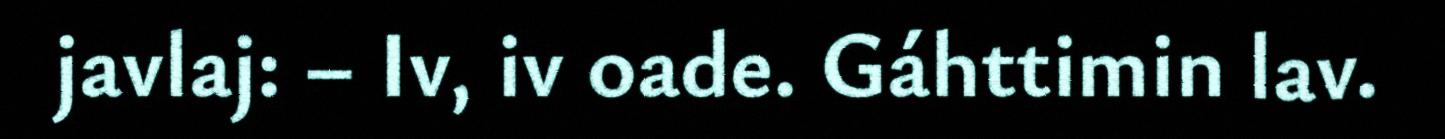
javlaj: – Iv, iv oade. Gáhttimin lav.